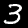
Label: 3